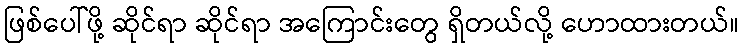
ဖြစ်ပေါ်ဖို့ ဆိုင်ရာ ဆိုင်ရာ အကြောင်းတွေ ရှိတယ်လို့ ဟောထားတယ်။